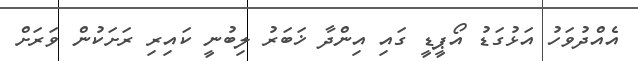
އެއްދުވަހު އަޅުގަޑު އޯޕީޑީ ގައި އިންދާ ޚަބަރު ލިބުނީ ކައިރި ރަށަކުން ވަރަށް